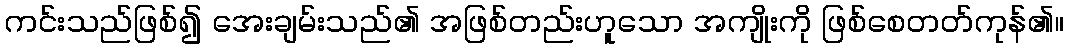
ကင်းသည်ဖြစ်၍ အေးချမ်းသည်၏ အဖြစ်တည်းဟူသော အကျိုးကို ဖြစ်စေတတ်ကုန်၏။